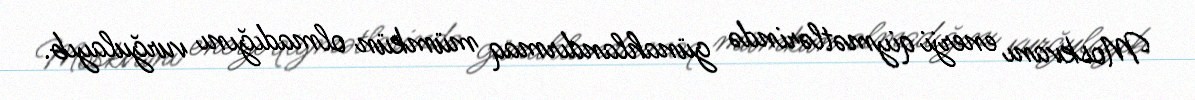
Moskvanı enerji qiymətlərində günahlandırmaq mümkün olmadığını vurğulayıb.